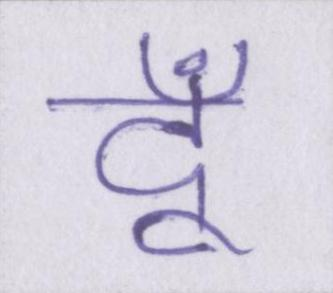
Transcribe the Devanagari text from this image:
दूँ